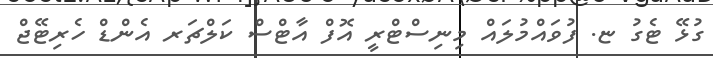
ގުޅޭ ޓެގު ޏ. ފުވައްމުލައް މިނިސްޓްރީ އޮފް އާޓްސް ކަލްޗަރ އެންޑް ހެރިޓޭޖް